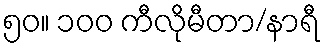
၅၀။ ၁၀၀ ကီလိုမီတာ/နာရီ